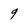
Character: 9